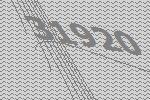
31920